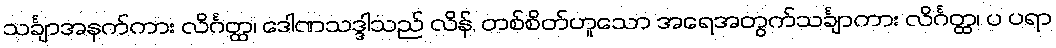
သင်္ချာအနက်ကား လိင်္ဂတ္ထ၊ ဒေါဏသဒ္ဒါသည် လိန်, တစ်စိတ်ဟူသော အရေအတွက်သင်္ချာကား လိင်္ဂတ္ထ၊ ပ ပရာ